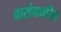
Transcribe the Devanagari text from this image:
वारांगचरित